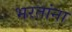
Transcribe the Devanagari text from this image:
भरतांना